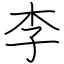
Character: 李